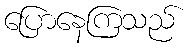
ပြောနေကြသည်